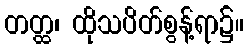
တတ္ထ၊ ထိုသပိတ်စွန့်ရာ၌။